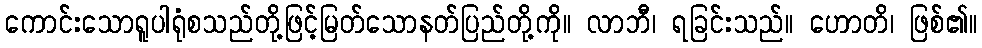
ကောင်းသောရူပါရုံစသည်တို့ဖြင့်မြတ်သောနတ်ပြည်တို့ကို။ လာဘီ၊ ရခြင်းသည်။ ဟောတိ၊ ဖြစ်၏။